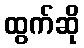
ထွက်ဆို